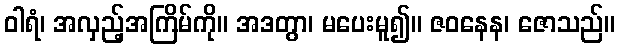
ဝါရံ၊ အလှည့်အကြိမ်ကို။ အဒတွာ၊ မပေးမူ၍။ ဇဝနေန၊ ဇောသည်။